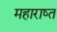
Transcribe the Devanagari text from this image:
महाराष्त